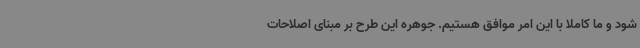
شود و ما کاملاً با این امر موافق هستیم. جوهره این طرح بر مبنای اصلاحات